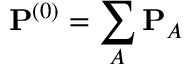
{ \bf P } ^ { ( 0 ) } = \sum _ { A } { \bf P } _ { A }